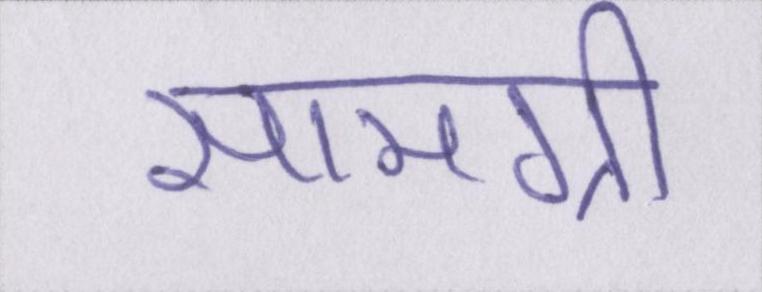
सामग्री